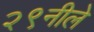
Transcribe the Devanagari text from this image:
२९नीले